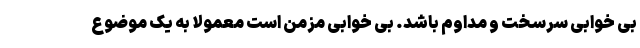
بی خوابی سرسخت و مداوم باشد. بی خوابی مزمن است معمولا به یک موضوع